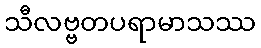
သီလဗ္ဗတပရာမာသဿ